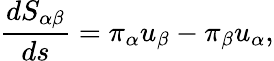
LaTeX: \frac{dS_{\alpha\beta}}{ds}=\pi_{\alpha}u_{\beta}-\pi_{\beta}u_{\alpha},